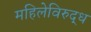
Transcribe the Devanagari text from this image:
महिलेविरुद्ध